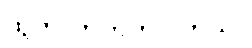
ထွက်လာတတ်ပါတယ်။